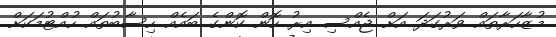
މުޒާހަރާތައް ވަރުގަދަ އަށް ޖެއްސި އިރު ހޮން ކޮންގެ ބައެއް ހިސާބުތައް ހުއްޓުމަކަށް